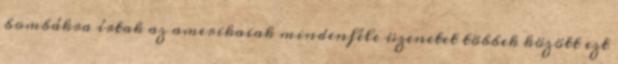
bombákra írtak az amerikaiak mindenféle üzenetet többek között ezt